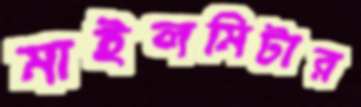
মাইলমিটার